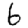
Digit: 6